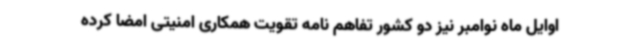
اوایل ماه نوامبر نیز دو کشور تفاهم نامه تقویت همکاری امنیتی امضا کرده